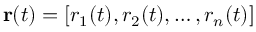
\mathbf { r } ( t ) = [ r _ { 1 } ( t ) , r _ { 2 } ( t ) , \ldots , r _ { n } ( t ) ]